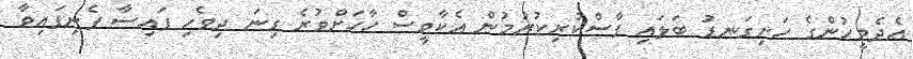
އެދެމީހުންގެ ހަށިގަނޑު ބަލައި ފާސްކުރިކުރުމުން އެކާވީސް ހާހަށްވުރެ ގިނަ ދިވެހި ފައިސާ ފެނިފައިވާ